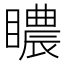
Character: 䁸